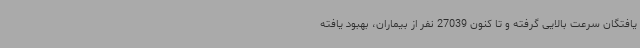
یافتگان سرعت بالایی گرفته و تا کنون 27039 نفر از بیماران، بهبود یافته